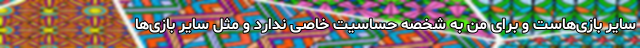
سایر بازی‌هاست و برای من به شخصه حساسیت خاصی ندارد و مثل سایر بازی‌ها